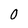
Character: 0